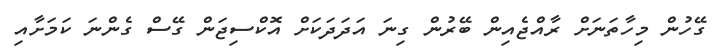
ގޭހުން މިހާތަނަށް ރާއްޖެއިން ބޭރުން ގިނަ އަދަދަކަށް އޮކްސިޖަން ގޭސް ގެންނަ ކަމަށާއި